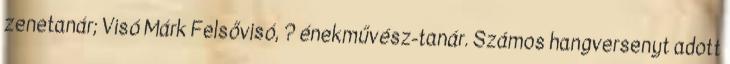
zenetanár; Visó Márk Felsővisó, ? énekművész-tanár. Számos hangversenyt adott